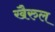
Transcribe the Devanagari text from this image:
खैरुल